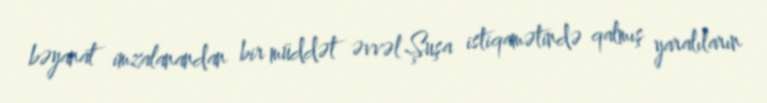
bəyanat imzalanandan bir müddət əvvəl Şuşa istiqamətində qalmış yaralıların